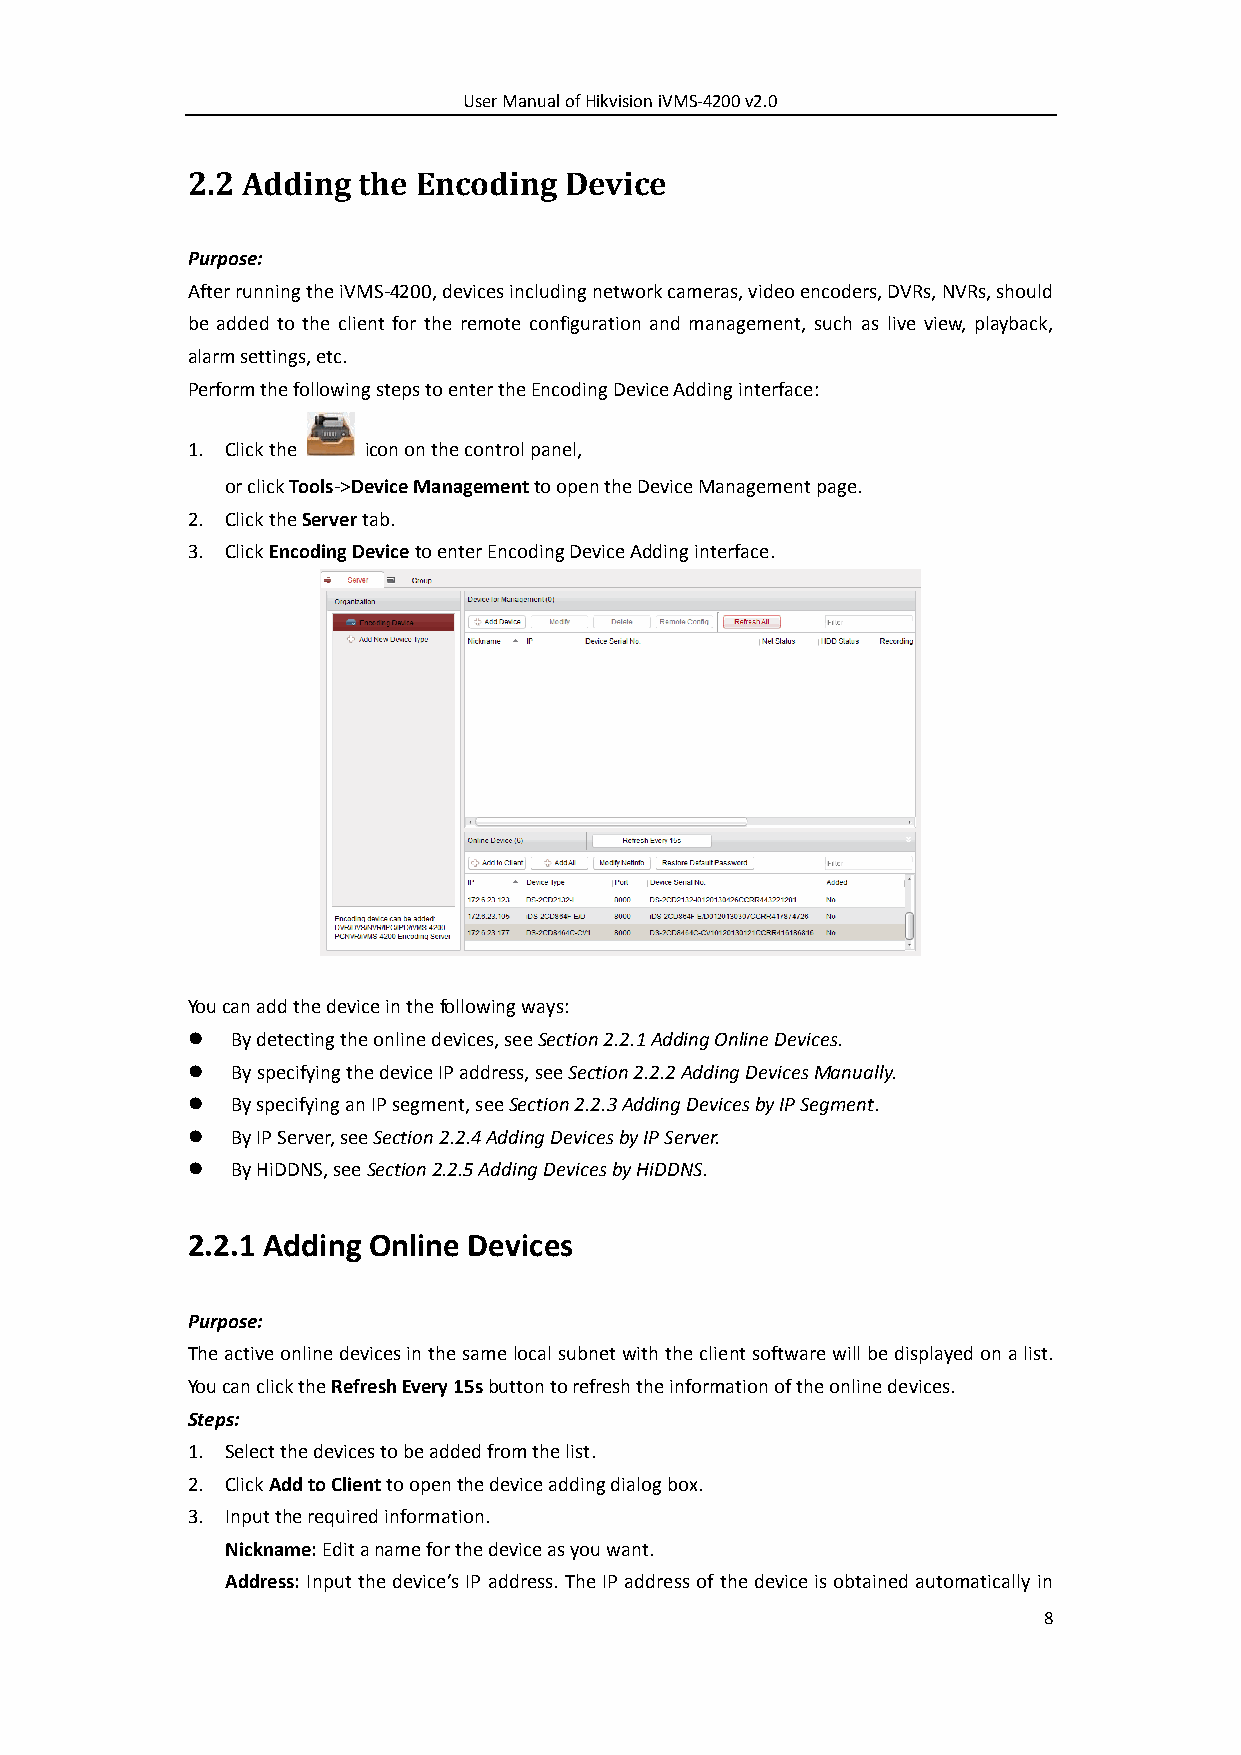
User Manual of Hikvision iVMS-4200 v2.0
 2.2 Adding  the Encoding Device
 Purpose:
 After running the iVMS-4200, devices including network cameras, video encoders, DVRs, NVRs, should
 be added to the client for the remote configuration and management, such as live view, playback,
 alarm settings, etc.
 Perform the following steps to enter the Encoding Device Adding interface:
 1. Click the icon on the control panel,
 or click Tools->Device Management to open the Device Management page.
 2. Click the Server tab.
 3. Click Encoding Device to enter Encoding Device Adding interface.
 You can add the device in the following ways:
   By detecting the online devices, see Section 2.2.1 Adding Online Devices.
   By specifying the device IP address, see Section 2.2.2 Adding Devices Manually.
   By specifying an IP segment, see Section 2.2.3 Adding Devices by IP Segment.
   By IP Server, see Section 2.2.4 Adding Devices by IP Server.
   By HiDDNS, see Section 2.2.5 Adding Devices by HiDDNS.
 2.2.1 Adding Online Devices
 Purpose:
 The active online devices in the same local subnet with the client software will be displayed on a list.
 You can click the Refresh Every 15s button to refresh the information of the online devices.
 Steps:
 1. Select the devices to be added from the list.
 2. Click Add to Client to open the device adding dialog box.
 3. Input the required information.
 Nickname: Edit a name for the device as you want.
 Address: Input the device’s IP address. The IP address of the device is obtained automatically in
 8